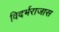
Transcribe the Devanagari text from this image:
विदर्भराजास